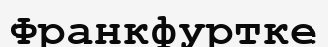
Франкфуртке